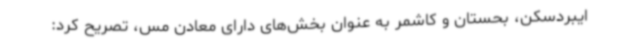
ایبردسکن، بحستان و کاشمر به عنوان بخش‌های دارای معادن مس، تصریح کرد: